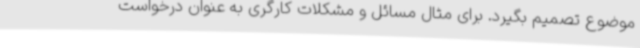
موضوع تصمیم بگیرد. برای مثال مسائل و مشکلات کارگری به عنوان درخواست